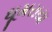
ઘૂમરાયા